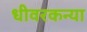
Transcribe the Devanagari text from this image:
धीवरकन्या